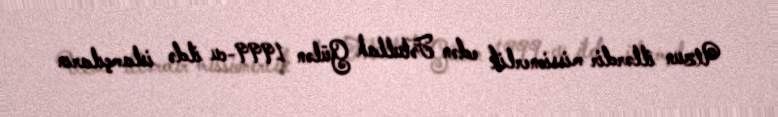
Uzun illərdir missionerlik edən Fətullah Gülən 1999-cu ildə islamçıların